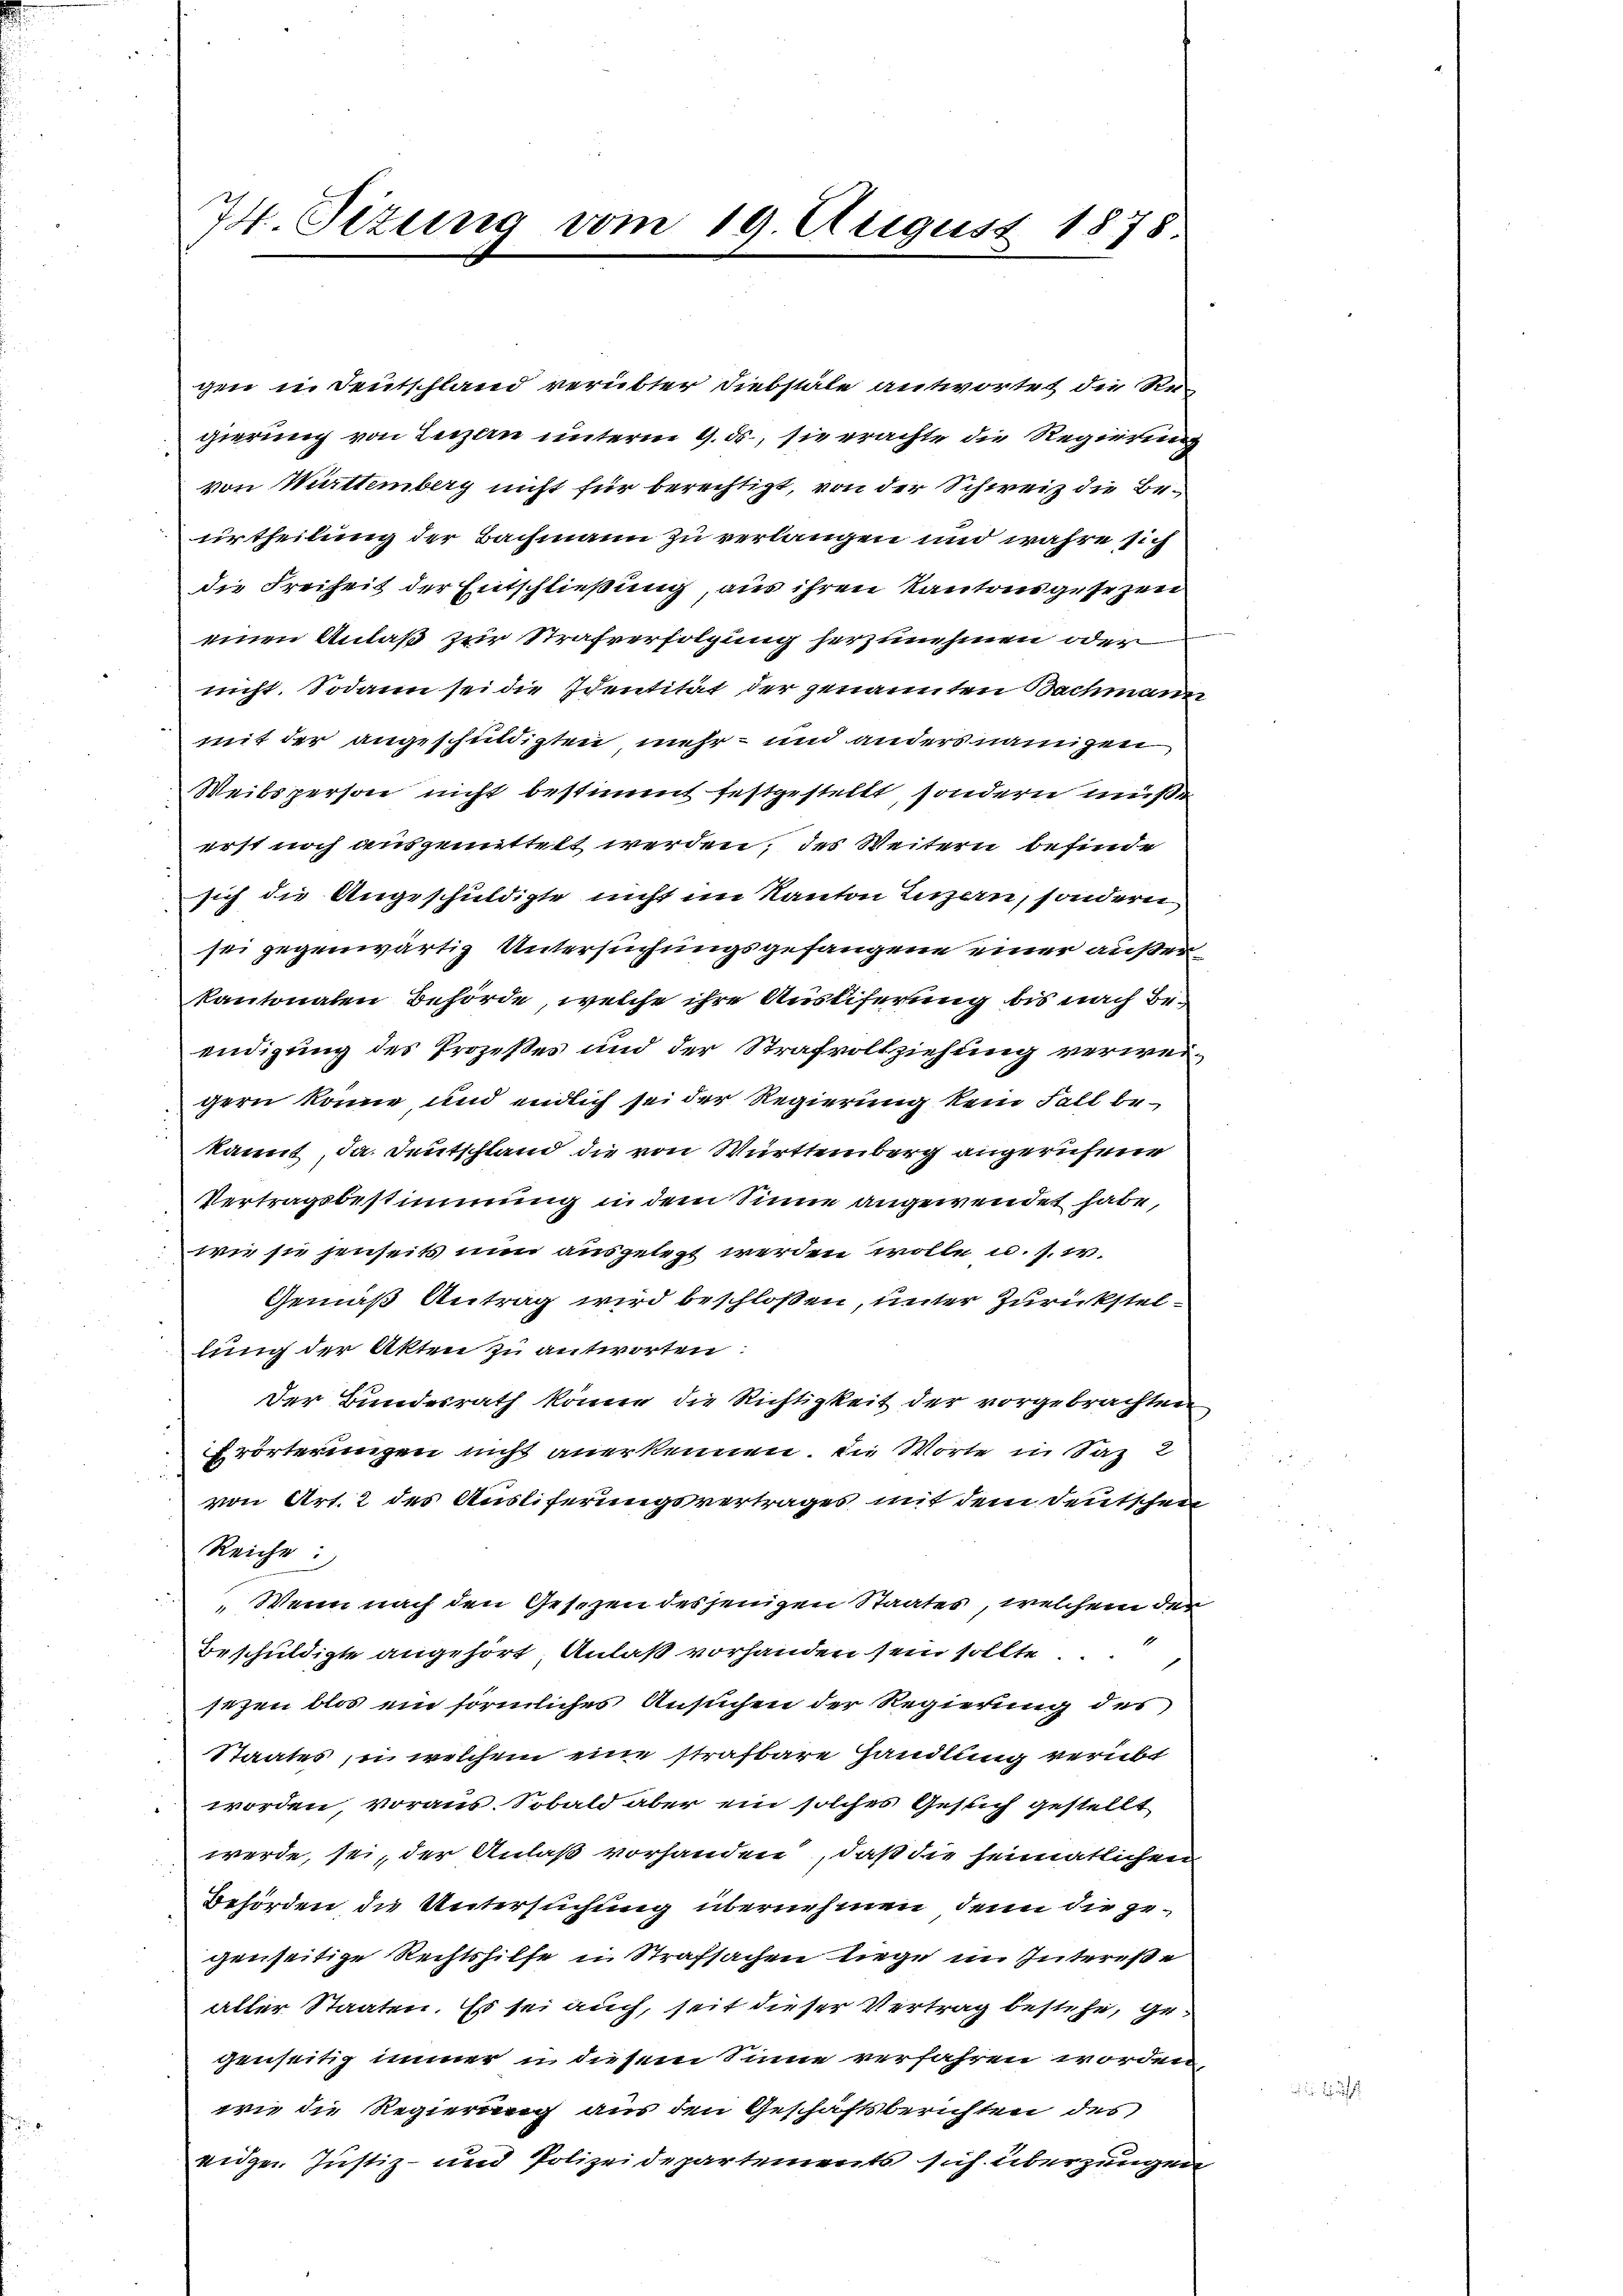
74. Sizung vom 19. August 1878

gen in Deutschland verübter Diebstäle antwortet die Re-
gierung von Luzern unterm 9. ds., sie erachte die Regierung
von Württemberg nicht für berechtigt, von der Schweiz die Beurtheilung der Bachmann zu verlangen und wahre sich
die Freiheit der Entschließung, aus ihren Kantonsgesezen
einen Anlaß zur Strafverfolgung herzunehmen oder
nicht. Sodann sei die Identität der genannten Bachmann
mit der angeschuldigten mehr- und anders namigen
Weibsperson nicht bestimmt festgestellt, sondern müße
erst noch ausgemittelt werden, des Weitern befinde
sich die Angeschuldigte nicht im Kanton Luzern, sondern
sei gegenwärtig Untersuchungsgefangene einer außerkantonalen Behörde, welche ihre Ausliferung bis nach Beendigung des Prozeßes und der Strafvollziehung verweigern könne, und endlich sei der Regierung kein Fall bekannt, Ja. Deutschland die von Württemberg angerufene
Vertragsbestimmung in dem Sinne angewendet habe,
wie sie jenseits nun ausgelegt werden wolle u. s. w.
Gemäß Antrag wird beschlossen, unter Zurückstellung der Akten zu antworten:
Der Bundesrath könne die Richtigkeit der vorgebrachten
Erörterungen nicht anerkennen. Die Worte in Saz 2
von Art. 2 des Ausliferungsvertrages mit dem Deutschen
Reiche:
Wenn nach den Geschen desjenigen Staates, welchem den
Beschuldigte angehört, Anlaß vorhanden sein sollte.
sezen blos ein förmliches Ansuchen der Regierung des
Staates, u. welchem eine strafbare Handlung verübe
worden, voraus. Sobald aber ein solches Gesich gestellt
werde, sei, der Anlaß vorhanden, daß die seimatlichen
Behörden die Untersuchung übernehmen, denn die gegenseitige Rechtshilfe in Strafsachen liege im Intereße
aller Staaten. Es sei auch, seit dieser Vertrag bestehe, gegenseitig immer in diesem Sinne verfahren worden,
wie die Regierung aus den Geschäftsberichten des
eidgen. Justiz- und Polizeidepartements sich überzeugen